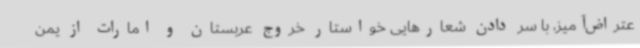
عتراض‌آمیز، با سر دادن شعارهایی خواستار خروج عربستان و امارات از یمن